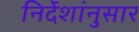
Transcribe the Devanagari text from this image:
निर्देशांनुसार